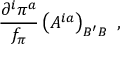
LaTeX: { \frac { { \partial ^ { i } } \pi ^ { a } } { f _ { \pi } } } \left( A ^ { i a } \right) _ { B ^ { \prime } B } \ ,